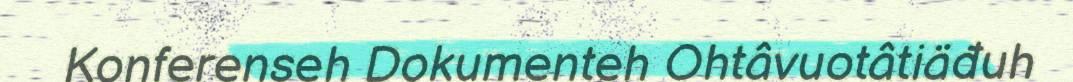
Konferenseh Dokumenteh Ohtâvuotâtiäđuh